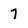
Character: 7